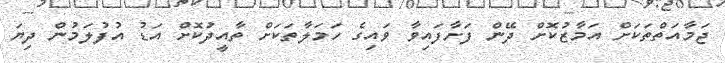
ޖަމާއަތްތަކަށް އަމާޒުކޮށް ދޭން ފަށާފައިވާ ވައިގެ ހަމަލާތަކަށް ތާއީދުކޮށް އަޑު އުފުލަމުން ދިޔަ